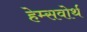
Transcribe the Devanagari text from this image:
हेम्सवोर्थ